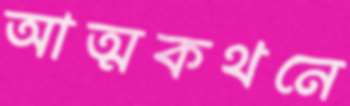
আত্মকথনে